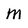
Character: m